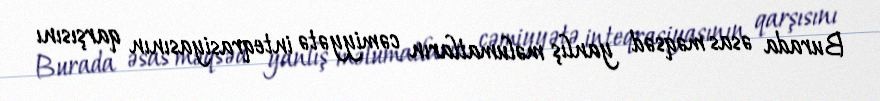
Burada əsas məqsəd yanlış məlumatların cəmiyyətə inteqrasiyasının qarşısını